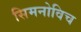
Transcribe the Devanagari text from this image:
सिमनोविच